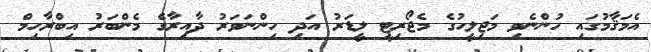
އެމަޤާމުގައި ހުންނެވި މަޖިލީހުގެ މެޖޯރިޓީ ލީޑަރު އަދި ހިންނަވަރު ދާއިރާގެ މެންބަރު އިބްރާހިމް